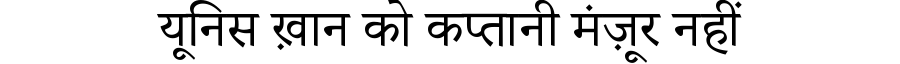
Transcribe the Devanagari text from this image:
यूनिस ख़ान को कप्तानी मंज़ूर नहीं